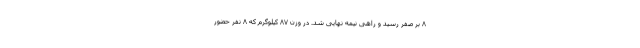
۸ بر صفر رسید و راهی نیمه نهایی شد. در وزن ۸۷ کیلوگرم که ۸ نفر حضور